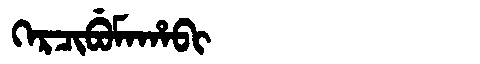
Manchu: ᡴᡝᡵᠴᡳᠪᡠᠮᠠᡥᠠᠪᡳ
Romanization: KERCIBUMAHABI